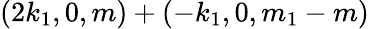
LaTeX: (2k_{1},0,m)+(-k_{1},0,m_{1}-m)